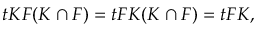
\begin{array} { r } { t K F ( K \cap F ) = t F K ( K \cap F ) = t F K , } \end{array}